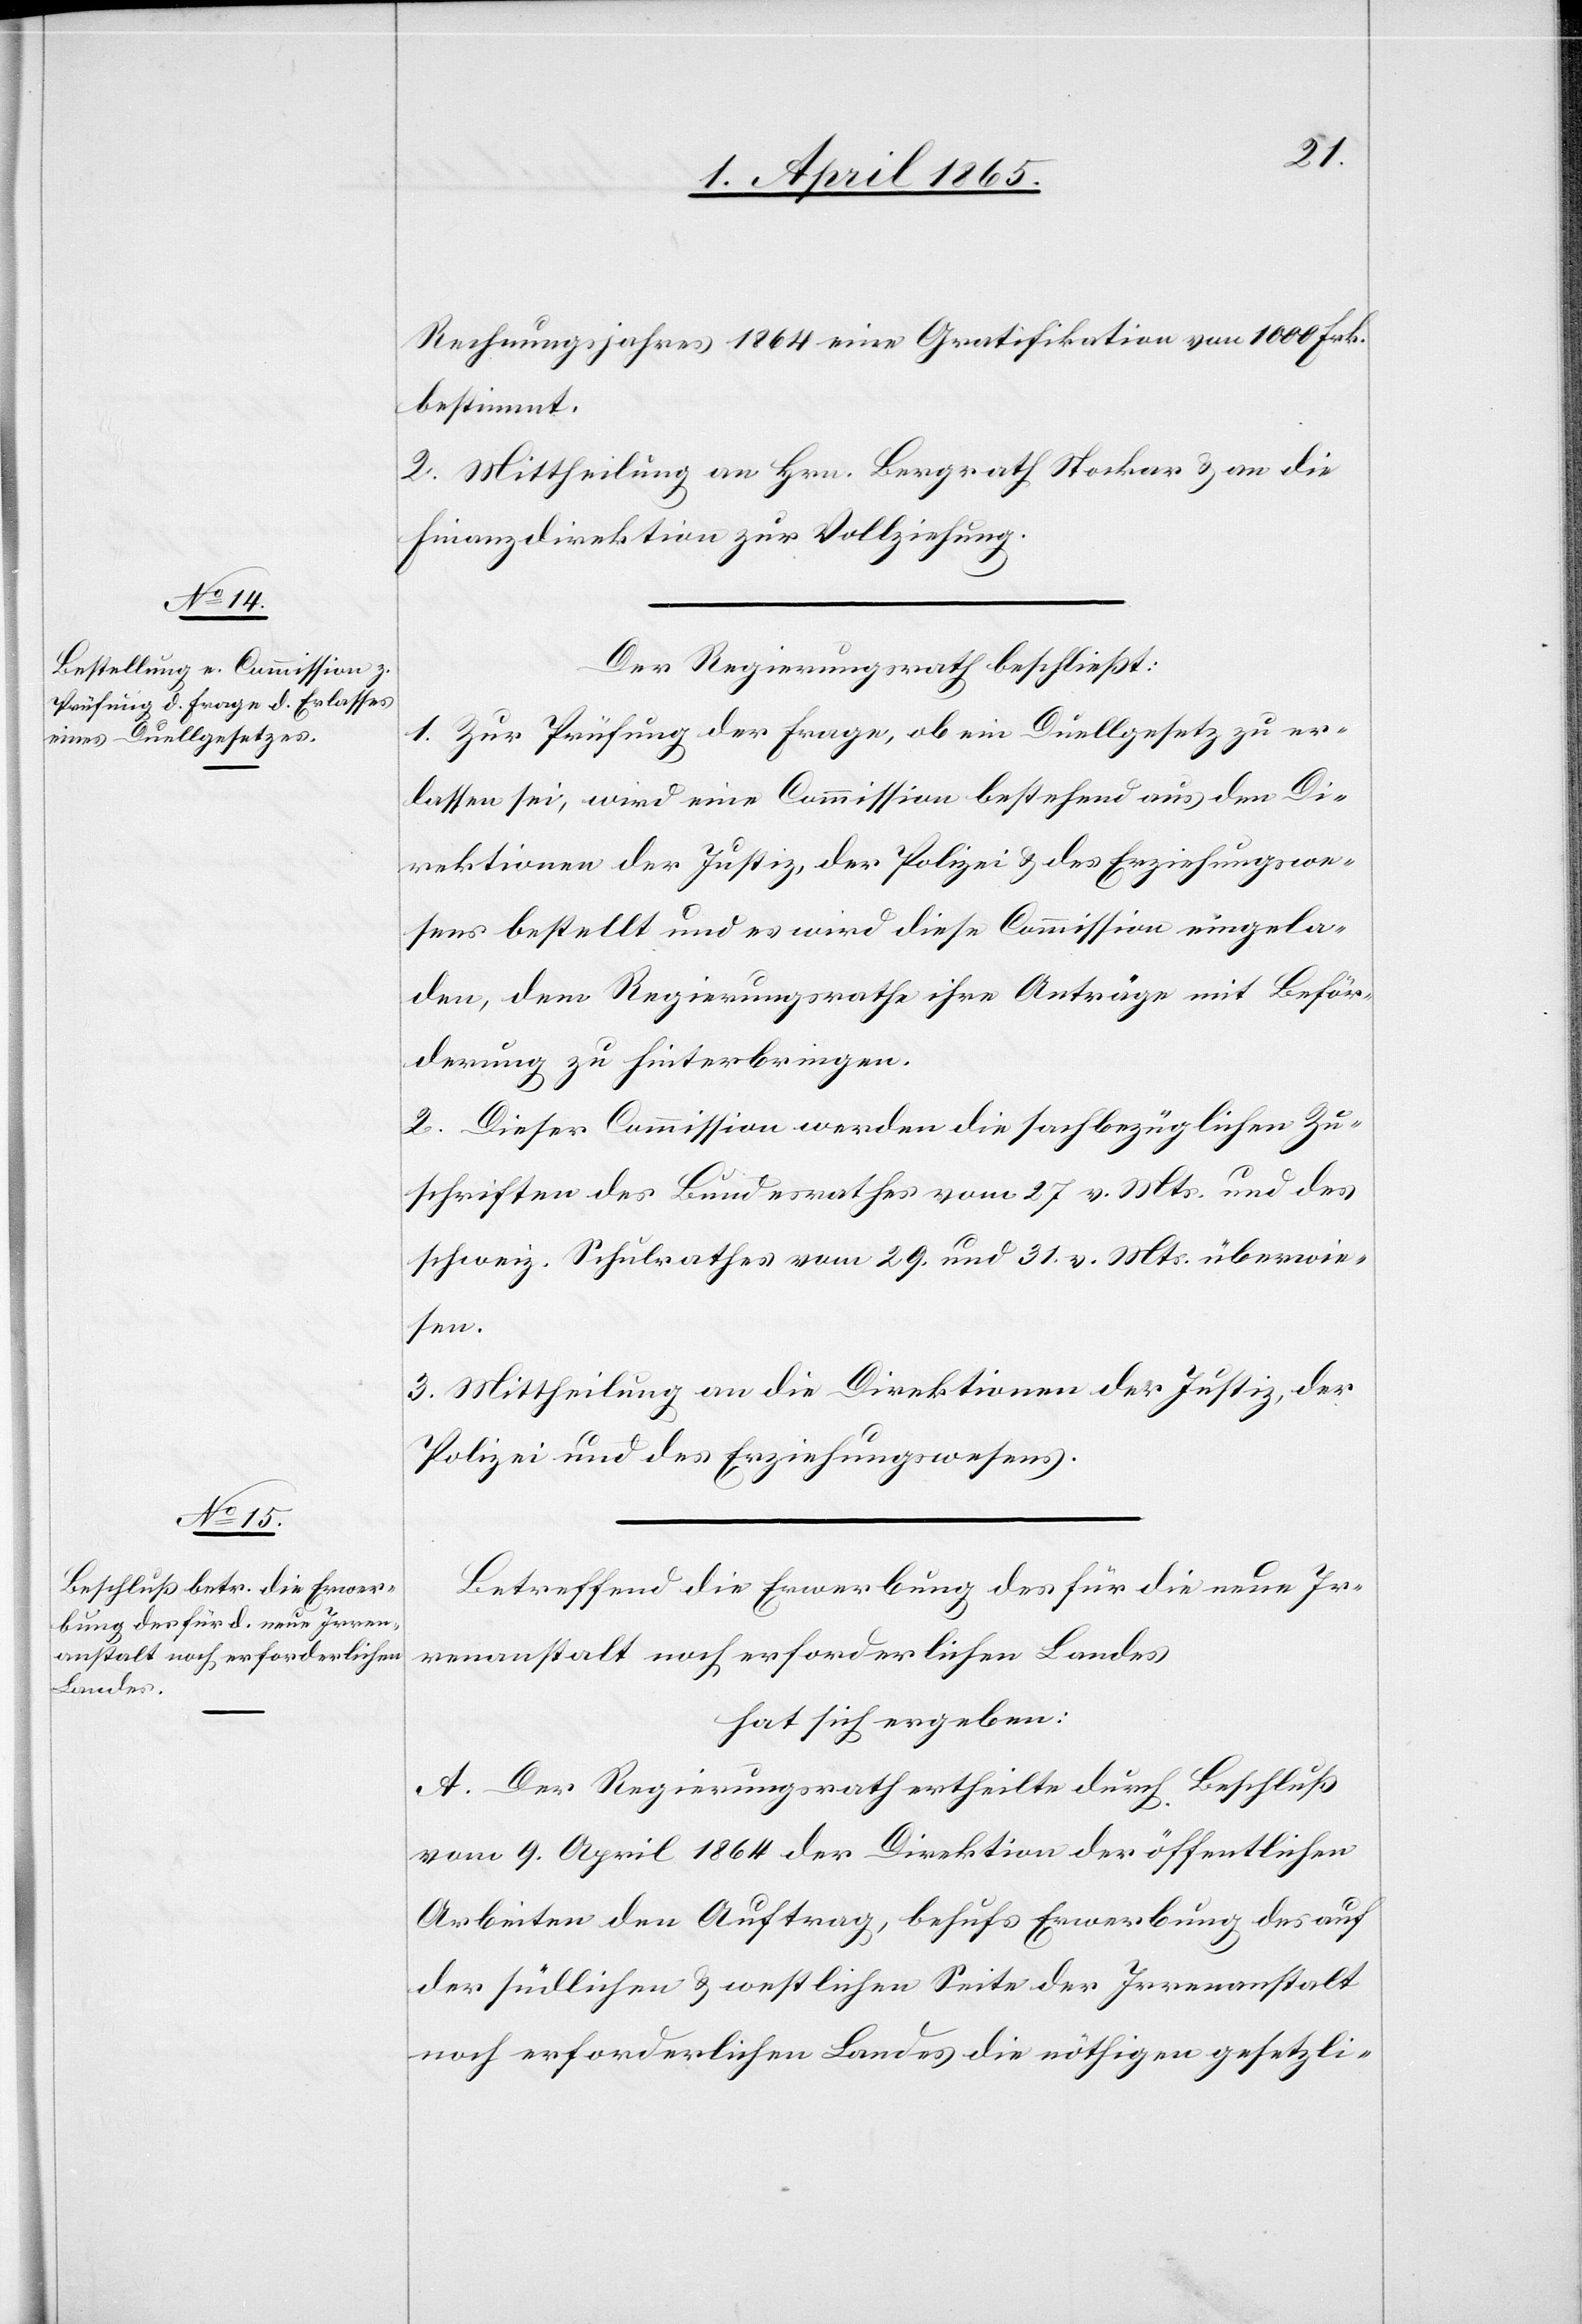
Rechnungsjahres 1864 eine Gratifikation von 1000 Frk.
bestimmt.
2. Mittheilung an Hrn. Bergrath Stockar & an die
Finanzdirektion zur Vollziehung.
Der Regierungsrath beschließt:
1. Zur Prüfung der Frage, ob ein Duellgesetz zu er¬
lassen sei, wird eine Commission bestehend aus den Di¬
rektionen der Justiz, der Polizei & des Erziehungswe¬
sens bestellt und es wird diese Commission eingela¬
den, dem Regierungsrathe ihre Anträge mit Beför¬
derung zu hinterbringen.
2. Dieser Commission werden die sachbezüglichen Zu¬
schriften des Bundesrathes vom 27 v. Mts. und des
schweiz. Schulrathes vom 29. und 31. v. Mts. überwie¬
sen.
3. Mittheilung an die Direktionen der Justiz, der
Polizei und des Erziehungswesens.
Betreffend die Erwerbung des für die neue Ir¬
renanstalt noch erforderlichen Landes
hat sich ergeben:
A. Der Regierungsrath ertheilte durch Beschluß
vom 9. April 1864 der Direktion der öffentlichen
Arbeiten den Auftrag, behufs Erwerbung des auf
der südlichen & westlichen Seite der Irrenanstalt
noch erforderlichen Landes die nöthigen gesetzli-